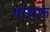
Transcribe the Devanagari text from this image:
पांघरू